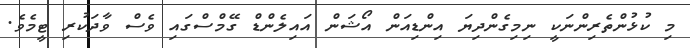
މި ކުޅުންތެރިންނަކީ ނިމިގެންދިޔަ އިންޑިއަން އޯޝަން އައިލެންޑް ގޭމްސްގައި ވެސް ވާދަކުރި ޓީމެވެ.